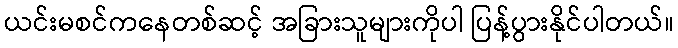
ယင်းမစင်ကနေတစ်ဆင့် အခြားသူများကိုပါ ပြန့်ပွားနိုင်ပါတယ်။